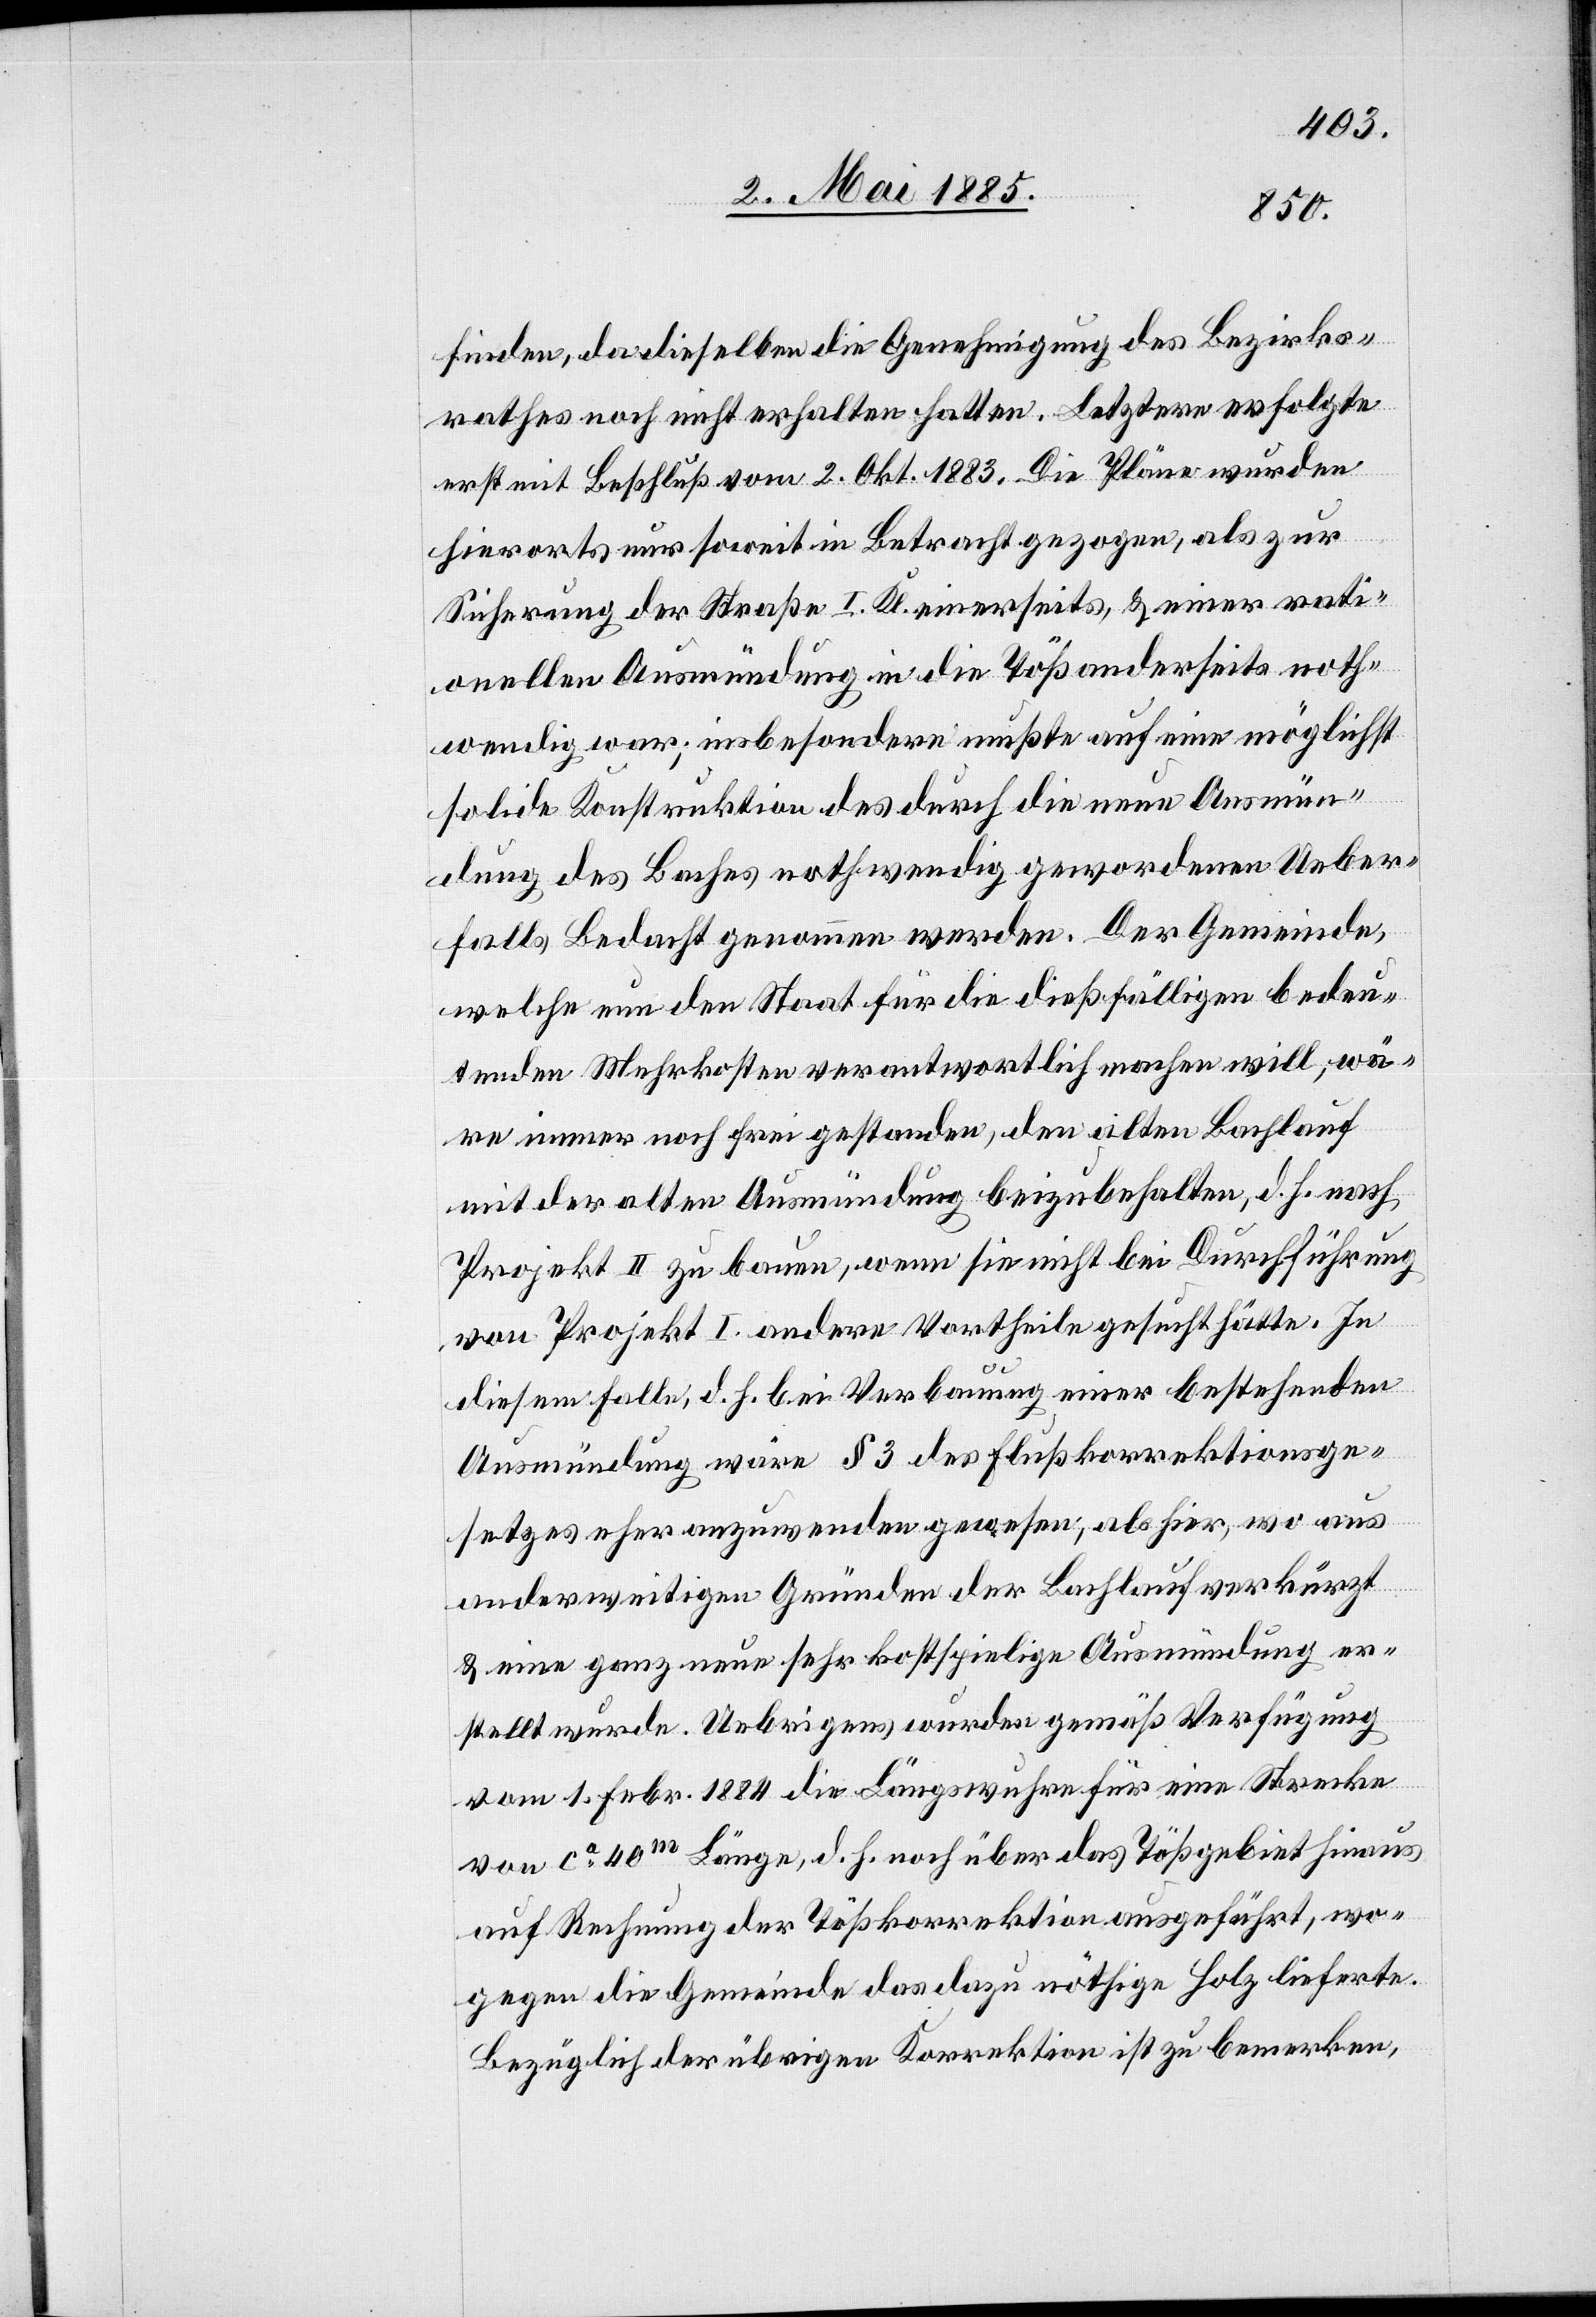
finden, da dieselben die Genehmigung des Bezirks¬
rathes noch nicht erhalten hatten. Letztere erfolgte
erst mit Beschluß vom 2. Okt. 1883. Die Pläne wurden
hierorts nur soweit in Betracht gezogen, als zur
Sicherung der Straße I. Kl. einerseits, & einer rati¬
onellen Ausmündung in die Töß anderseits noth¬
wendig war; insbesondere mußte auf eine möglichst
solide Konstruktion des durch die neue Ausmün¬
dung des Baches nothwendig gewordenen Ueber¬
falls Bedacht genommen werden. Der Gemeinde,
welche nun den Staat für die dießfälligen bedeu¬
tenden Mehrkosten verantwortlich machen will, wä¬
re immer noch frei gestanden, den alten Bachlauf
mit der alten Ausmündung beizubehalten, d. h nach
Projekt II zu bauen, wenn sie nicht bei Durchführung
von Projekt I andere Vortheile gesucht hätte. In
diesem Falle, d. h. bei Verbauung einer bestehenden
Ausmündung wäre § 3 des Flußkorrektionsge¬
setzes eher anzuwenden gewesen, als hier, wo aus
anderweitigen Gründen der Bachlauf verkürzt
& eine ganz neue sehr kostspielige Ausmündung er¬
stellt wurde. Uebrigens wurde gemäß Verfügung
vom 1. Febr. 1884 die Längswuhren für eine Strecke
von ca 40 m Länge, d. h. noch über das Tößgebiet hinaus
auf Rechnung der Tößkorrektion ausgeführt, wo¬
gegen die Gemeinde das dazu nöthige Holz lieferte.
Bezüglich der übrigen Korrektion ist zu bemerken,